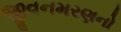
જીવનમરણનો